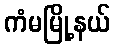
ကံမမြို့နယ်